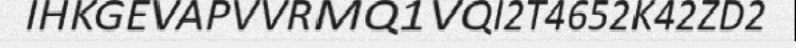
IHKGEVAPVVRMQ1VQI2T4652K42ZD2